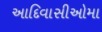
આદિવાસીઓમા